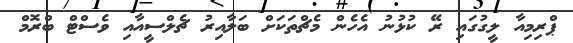
ޕްރިމިއާ ލީގުގައި ރޭ ކުޅުނު އެހެން މެޗްތަކަށް ބަލާއިރު ޗެލްސީއާއި ވެސްޓް ބްރޮމް